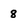
Character: 8